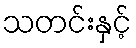
သတင်းနှင့်